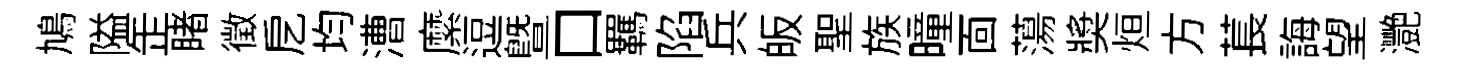
鳩隘𦈢睹徵戹均漕縻逗曁口羈陷兵皈聖族曈靣蕩奬烜方萇誨望灧